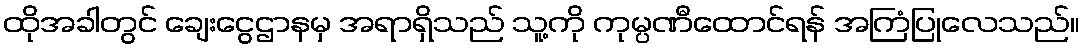
ထိုအခါတွင် ချေးငွေဌာနမှ အရာရှိသည် သူ့ကို ကုမ္ပဏီထောင်ရန် အကြံပြုလေသည်။